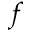
f